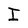
Character: I